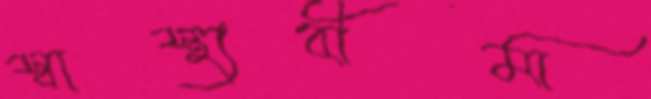
স্বাস্থ্যবীমা